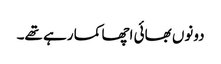
دونوں بھائی اچھا کما رہے تھے۔